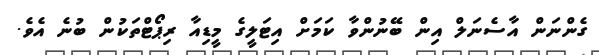
ގެންނަން އާސެނަލް އިން ބޭނުންވާ ކަމަށް އިޓަލީގެ މީޑިއާ ރިޕޯޓްތަކުން ބުނެ އެވެ.